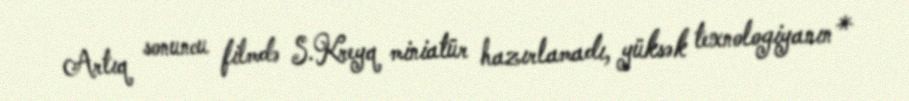
Artıq sonuncu filmdə S.Kreyq miniatür hazırlamadı, yüksək texnologiyanın*